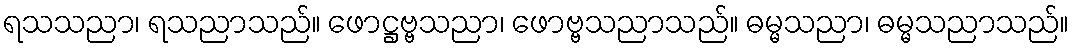
ရသသညာ၊ ရသညာသည်။ ဖောဋ္ဌဗ္ဗသညာ၊ ဖောဗ္ဗသညာသည်။ ဓမ္မသညာ၊ ဓမ္မသညာသည်။